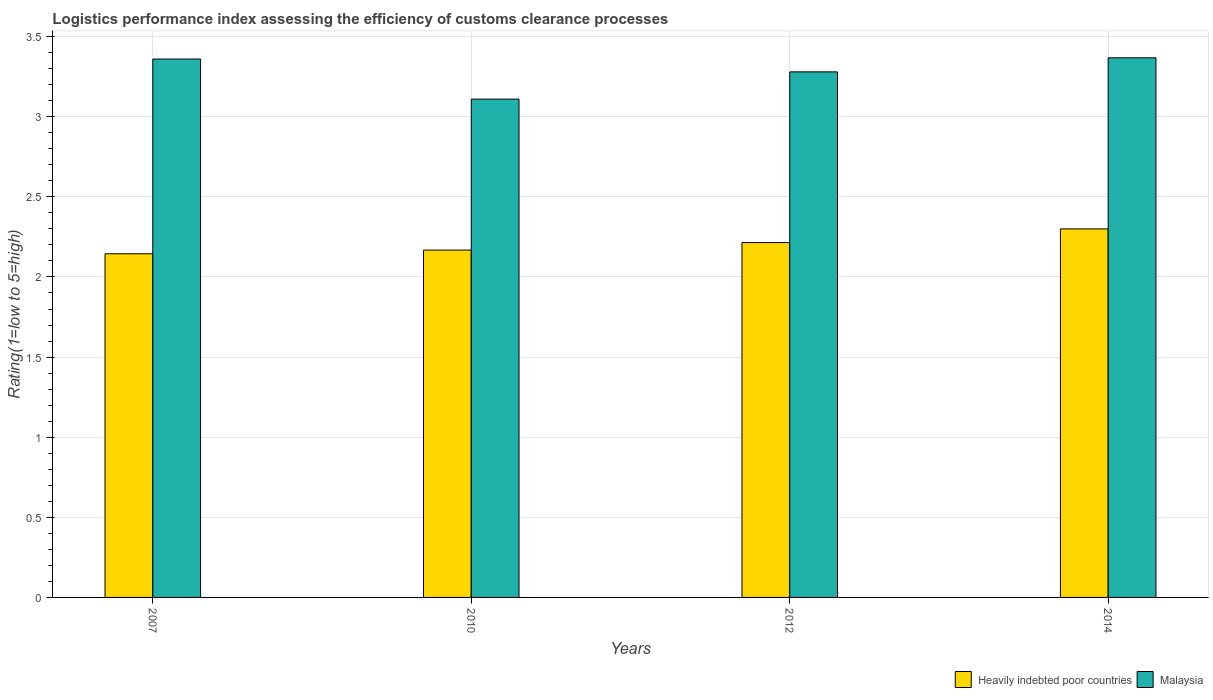
| Years | Heavily indebted poor countries | Malaysia |
 | --- | --- | --- |
 | 2007 | 2.14 | 3.36 |
 | 2010 | 2.17 | 3.11 |
 | 2012 | 2.21 | 3.28 |
 | 2014 | 2.3 | 3.37 |